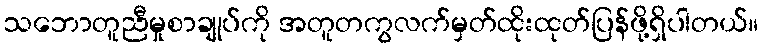
သဘောတူညီမှုစာချုပ်ကို အတူတကွလက်မှတ်ထိုးထုတ်ပြန်ဖို့ရှိပါတယ်။